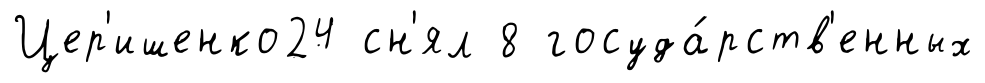
Цер'ишенко24 сн'ял 8 госуда́рств'енных